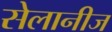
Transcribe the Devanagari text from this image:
सेलानीज